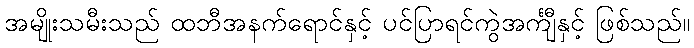
အမျိုးသမီးသည် ထဘီအနက်ရောင်နှင့် ပင်ပြာရင်ကွဲအင်္ကျီနှင့် ဖြစ်သည်။